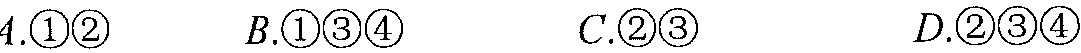
$A.\textcircled{1}\textcircled{2}\ \ \ \ \ B.\textcircled{1}\textcircled{3}\textcircled{4}\ \ \ \ \ C.\textcircled{2}\textcircled{3}\ \ \ \ \ D.\textcircled{2}\textcircled{3}\textcircled{4}$